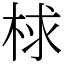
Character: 梂